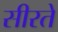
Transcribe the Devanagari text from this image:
सीरते